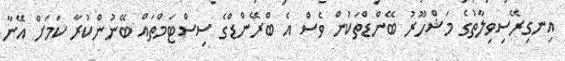
އިނގިރޭސިވިލާތުގެ މަޝްހޫރު ބޭންޑްތަކުން ވެސް އެ ބްރޭންޑްގެ ސިސްޓަމްތައް ބޭނުންކުރާ ކަމަށް އޭނާ